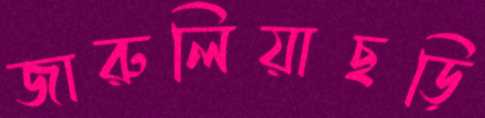
জারুলিয়াছড়ি